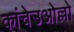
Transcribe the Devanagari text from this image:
कांचेउओल्लो